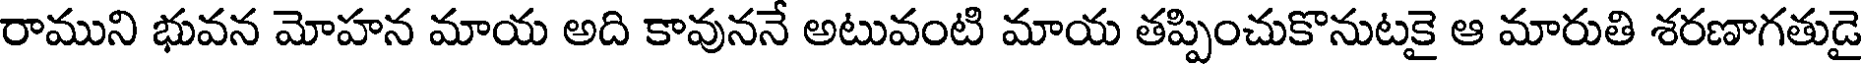
రాముని భువన మోహన మాయ అది కావుననే అటువంటి మాయ తప్పించుకొనుటకై ఆ మారుతి శరణాగతుడై